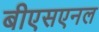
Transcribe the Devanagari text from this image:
बीएसएनल